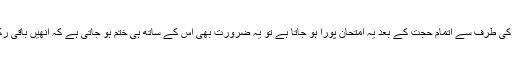
پیغمبروں کی طرف سے اتمام حجت کے بعد یہ امتحان پورا ہو جاتا ہے تو یہ ضرورت بھی اِس کے ساتھ ہی ختم ہو جاتی ہے کہ اُنھیں باقی رکھا جائے۔